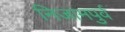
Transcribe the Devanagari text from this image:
निजामपुर्व